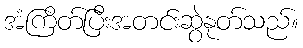
အံကြိတ်ပြီးအတင်းဆွဲနုတ်သည်။